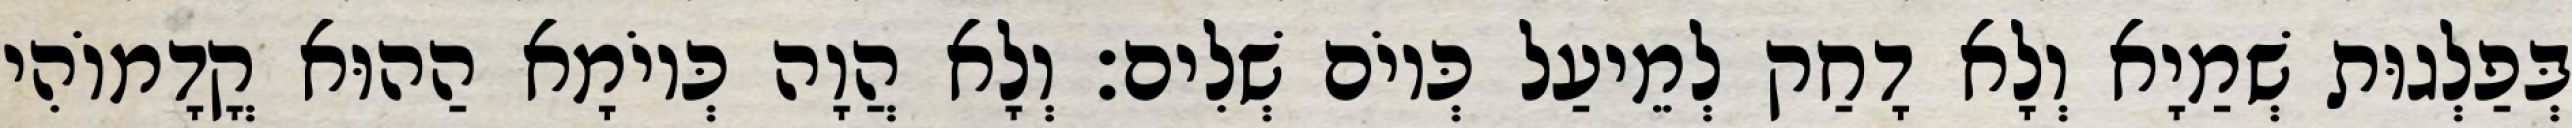
בְּפַלְגוּת שְׁמַיָא וְלָא דָחַק לְמֵיעַל כְּיוֹם שְׁלִים׃ וְלָא הֲוָה כְּיוֹמָא הַהוּא קֳדָמוֹהִי